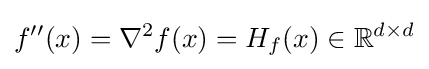
f''(x)=\nabla ^{2}f(x)=H_{f}(x)\in \mathbb {R} ^{d\times d}